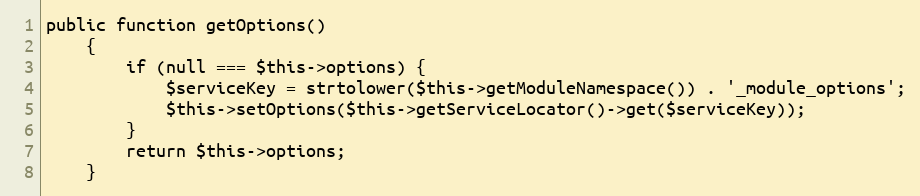
Language: PHP
public function getOptions()
    {
        if (null === $this->options) {
            $serviceKey = strtolower($this->getModuleNamespace()) . '_module_options';
            $this->setOptions($this->getServiceLocator()->get($serviceKey));
        }
        return $this->options;
    }